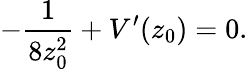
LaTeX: -\frac{1}{8z_{0}^{2}}+V^{\prime}(z_{0})=0.